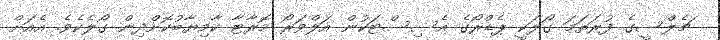
ޗެލްސީގެ ފުރަތަމަ ގޯލަކީ ޕެޑްރޯގެ އެސިސްޓަކުން އަލްވަރޯ މޮރާޓާ ކާމިޔާބުކޮށްދިން ގޯލެކެވެ. އެއަށް